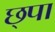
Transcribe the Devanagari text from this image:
छ्पा